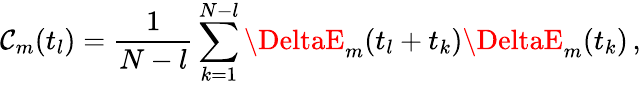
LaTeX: \mathcal{C}_{m}(t_{l})=\frac{{1}}{{N-l}}\sum_{k=1}^{N-l}\DeltaE_{m}(t_{l}+t_{k})\DeltaE_{m}(t_{k})\, ,